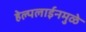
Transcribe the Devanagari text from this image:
हेल्पलाईनमुळे